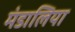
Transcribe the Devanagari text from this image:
मंडालिया